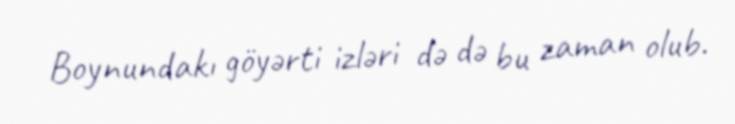
Boynundakı göyərti izləri də də bu zaman olub.